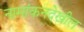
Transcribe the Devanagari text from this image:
नामांकनदेखील